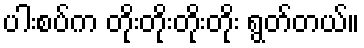
ပါးစပ်က တိုးတိုးတိုးတိုး ရွတ်တယ်။